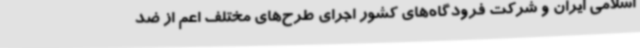
اسلامی ایران و شرکت فرودگاه‌های کشور اجرای طرح‌های مختلف اعم از ضد